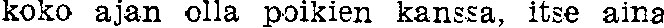
koko ajan olla poikien kanssa, itse aina